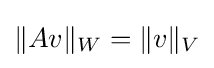
\|Av\|_{W}=\|v\|_{V}